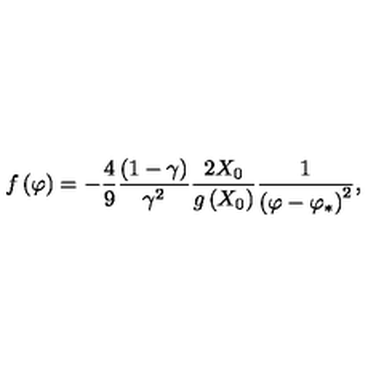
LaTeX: f \left( \varphi \right) = - \frac { 4 } { 9 } \frac { \left( 1 - \gamma \right) } { \gamma ^ { 2 } } \frac { 2 X _ { 0 } } { g \left( X _ { 0 } \right) } \frac { 1 } { \left( \varphi - \varphi _ { * } \right) ^ { 2 } } ,